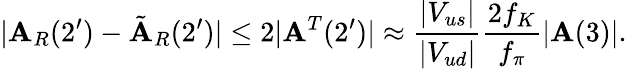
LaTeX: |\mathbf{A}_{R}(2^{\prime})-\tilde{{\mathbf{A}}}_{R}(2^{\prime})|\leq2|\mathbf{A}^{T}(2^{\prime})|\approx\frac{{|V_{us}|}}{{|V_{ud}|}}\frac{{2f_{K}}}{{f_{\pi}}}|\mathbf{A}(3)|.